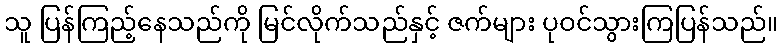
သူ ပြန်ကြည့်နေသည်ကို မြင်လိုက်သည်နှင့် ဇက်များ ပုဝင်သွားကြပြန်သည်။